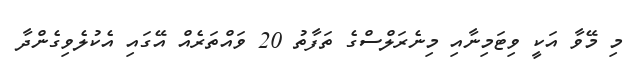
މި މޭވާ އަކީ ވިޓަމިނާއި މިނެރަލްސްގެ ތަފާތު 20 ވައްތަރެއް އޭގައި އެކުލެވިގެންދާ